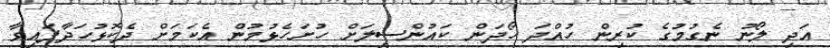
އަދި ލޯނު ނެގުމުގެ ކުރިން ހުއްދަ ހޯދަން ކައުންސިލަށް ހުށަހެޅުމުން އެކަމަށް ދެކޮޅުހަދާފައިވާ